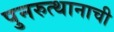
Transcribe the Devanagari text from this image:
पुनरुत्थानाची